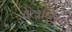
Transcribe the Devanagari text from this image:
वेदान्तिक